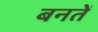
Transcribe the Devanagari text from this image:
बनतें